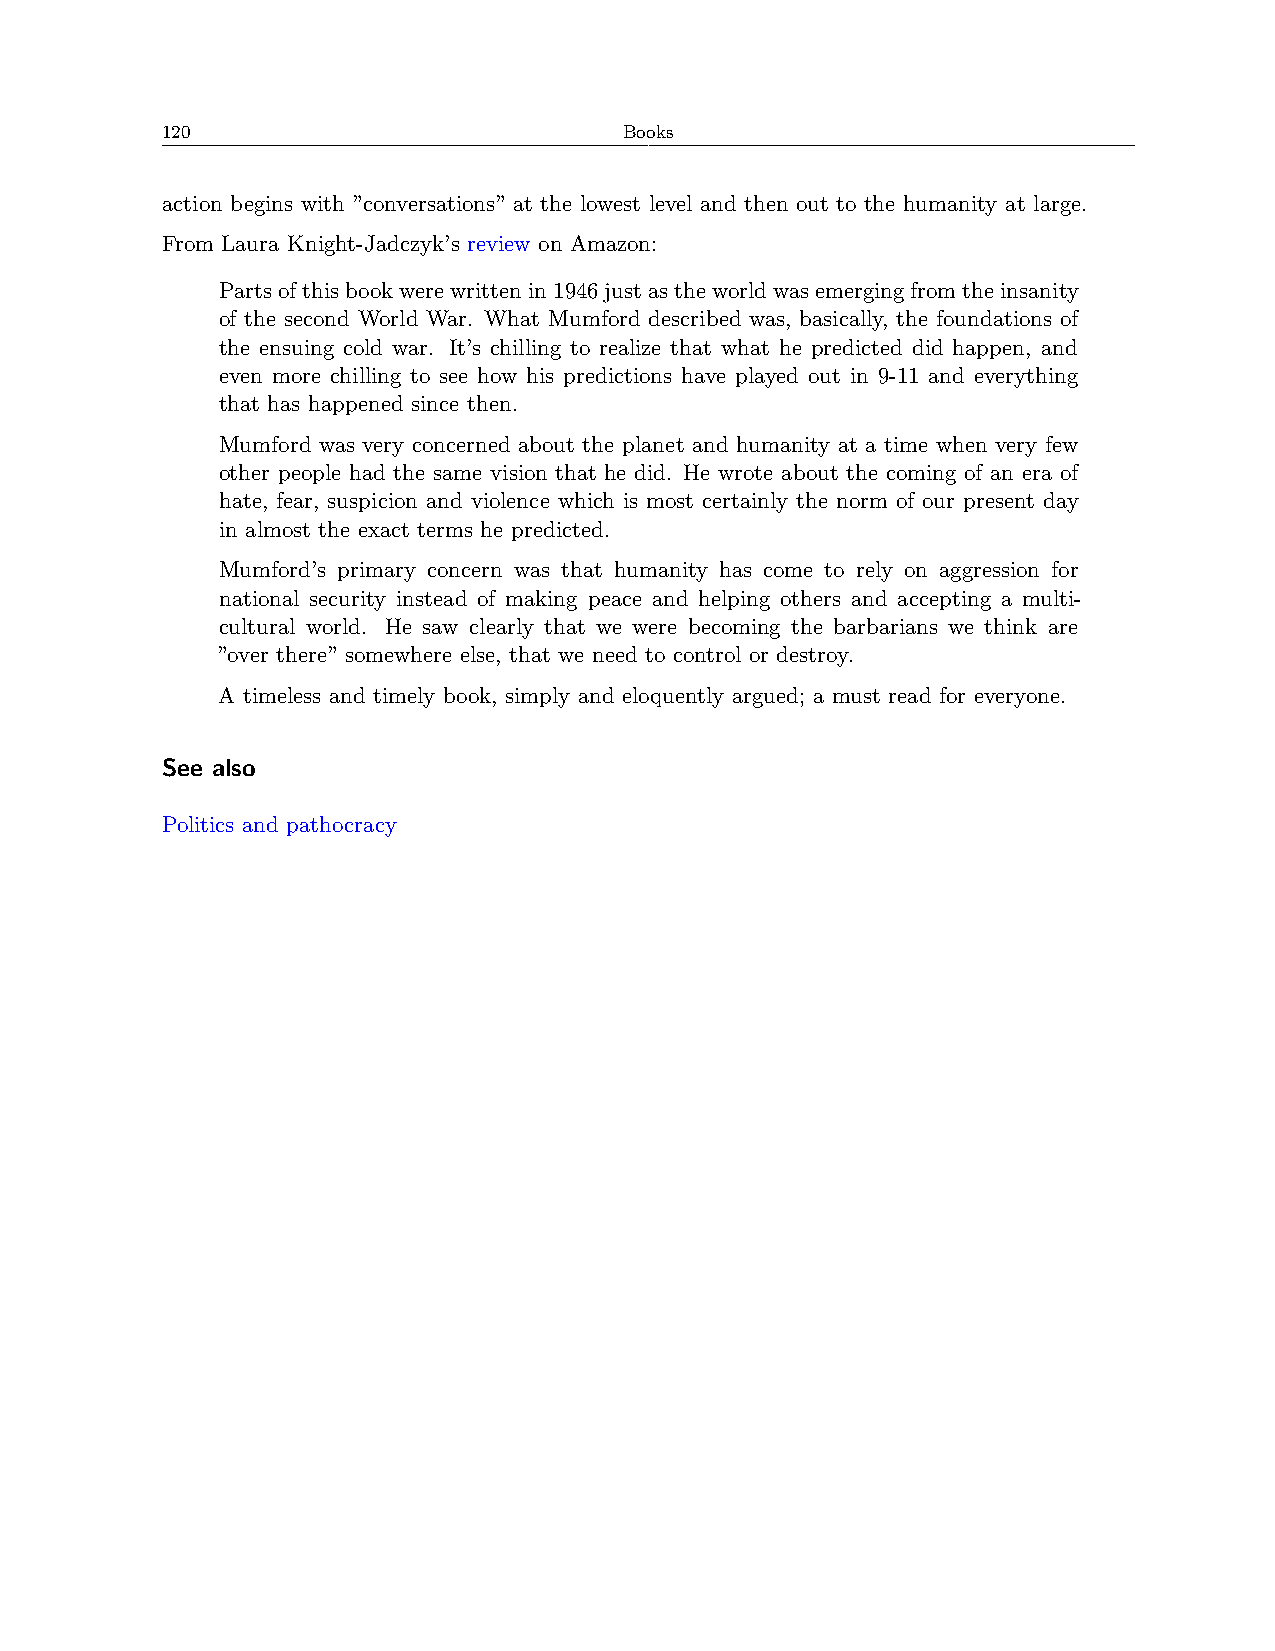
120                           Books
 action begins with ”conversations” at the lowest level and then out to the humanity at large.
 From Laura Knight-Jadczyk’s review on Amazon:
 Partsofthisbookwerewrittenin1946justastheworldwasemergingfromtheinsanity
 of the second World War. What Mumford described was, basically, the foundations of
 the ensuing cold war. It’s chilling to realize that what he predicted did happen, and
 even more chilling to see how his predictions have played out in 9-11 and everything
 that has happened since then.
 Mumford was very concerned about the planet and humanity at a time when very few
 other people had the same vision that he did. He wrote about the coming of an era of
 hate, fear, suspicion and violence which is most certainly the norm of our present day
 in almost the exact terms he predicted.
 Mumford’s primary concern was that humanity has come to rely on aggression for
 national security instead of making peace and helping others and accepting a multi-
 cultural world. He saw clearly that we were becoming the barbarians we think are
 ”over there” somewhere else, that we need to control or destroy.
 A timeless and timely book, simply and eloquently argued; a must read for everyone.
 See also
 Politics and pathocracy